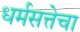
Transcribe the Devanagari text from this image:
धर्मसत्तेचा